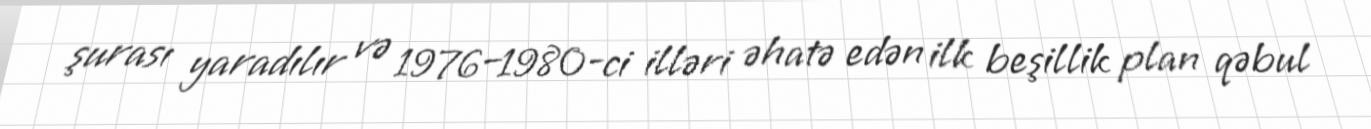
şurası yaradılır və 1976–1980-ci illəri əhatə edən ilk beşillik plan qəbul